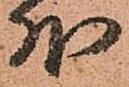
外